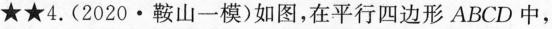
★★4.(2020·鞍山一模)如图，在平行四边形ABCD中，